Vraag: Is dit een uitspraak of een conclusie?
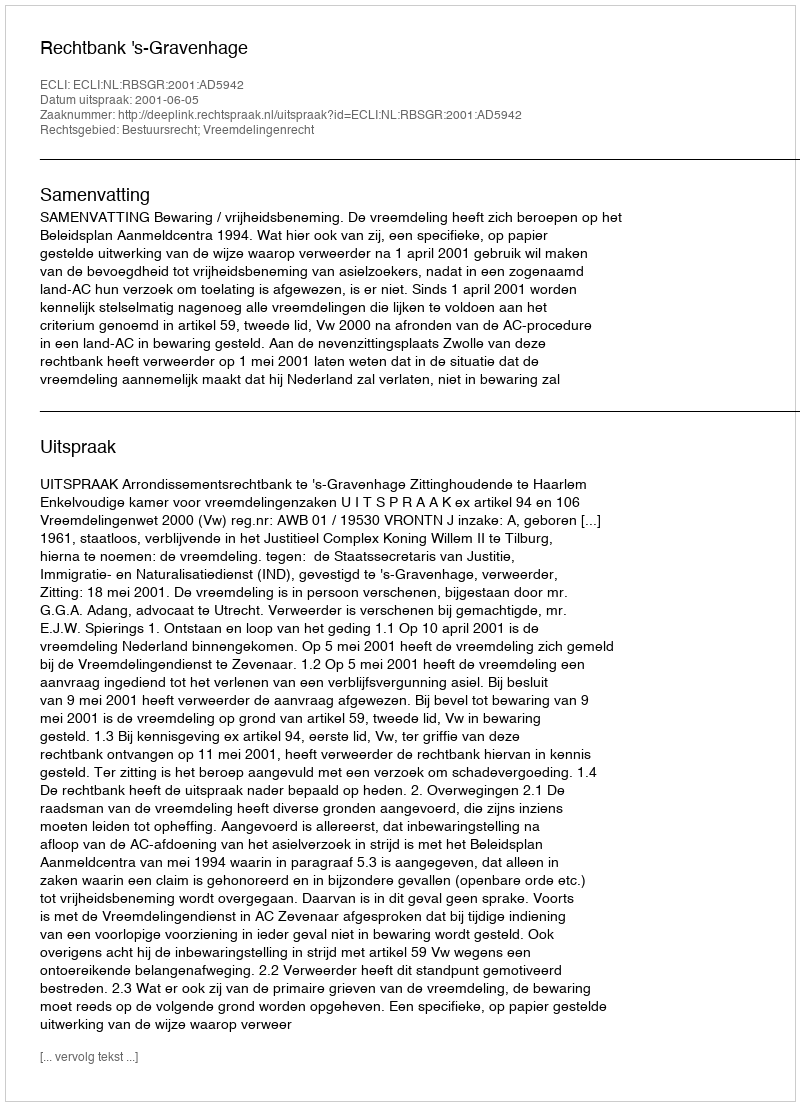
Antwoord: Uitspraak